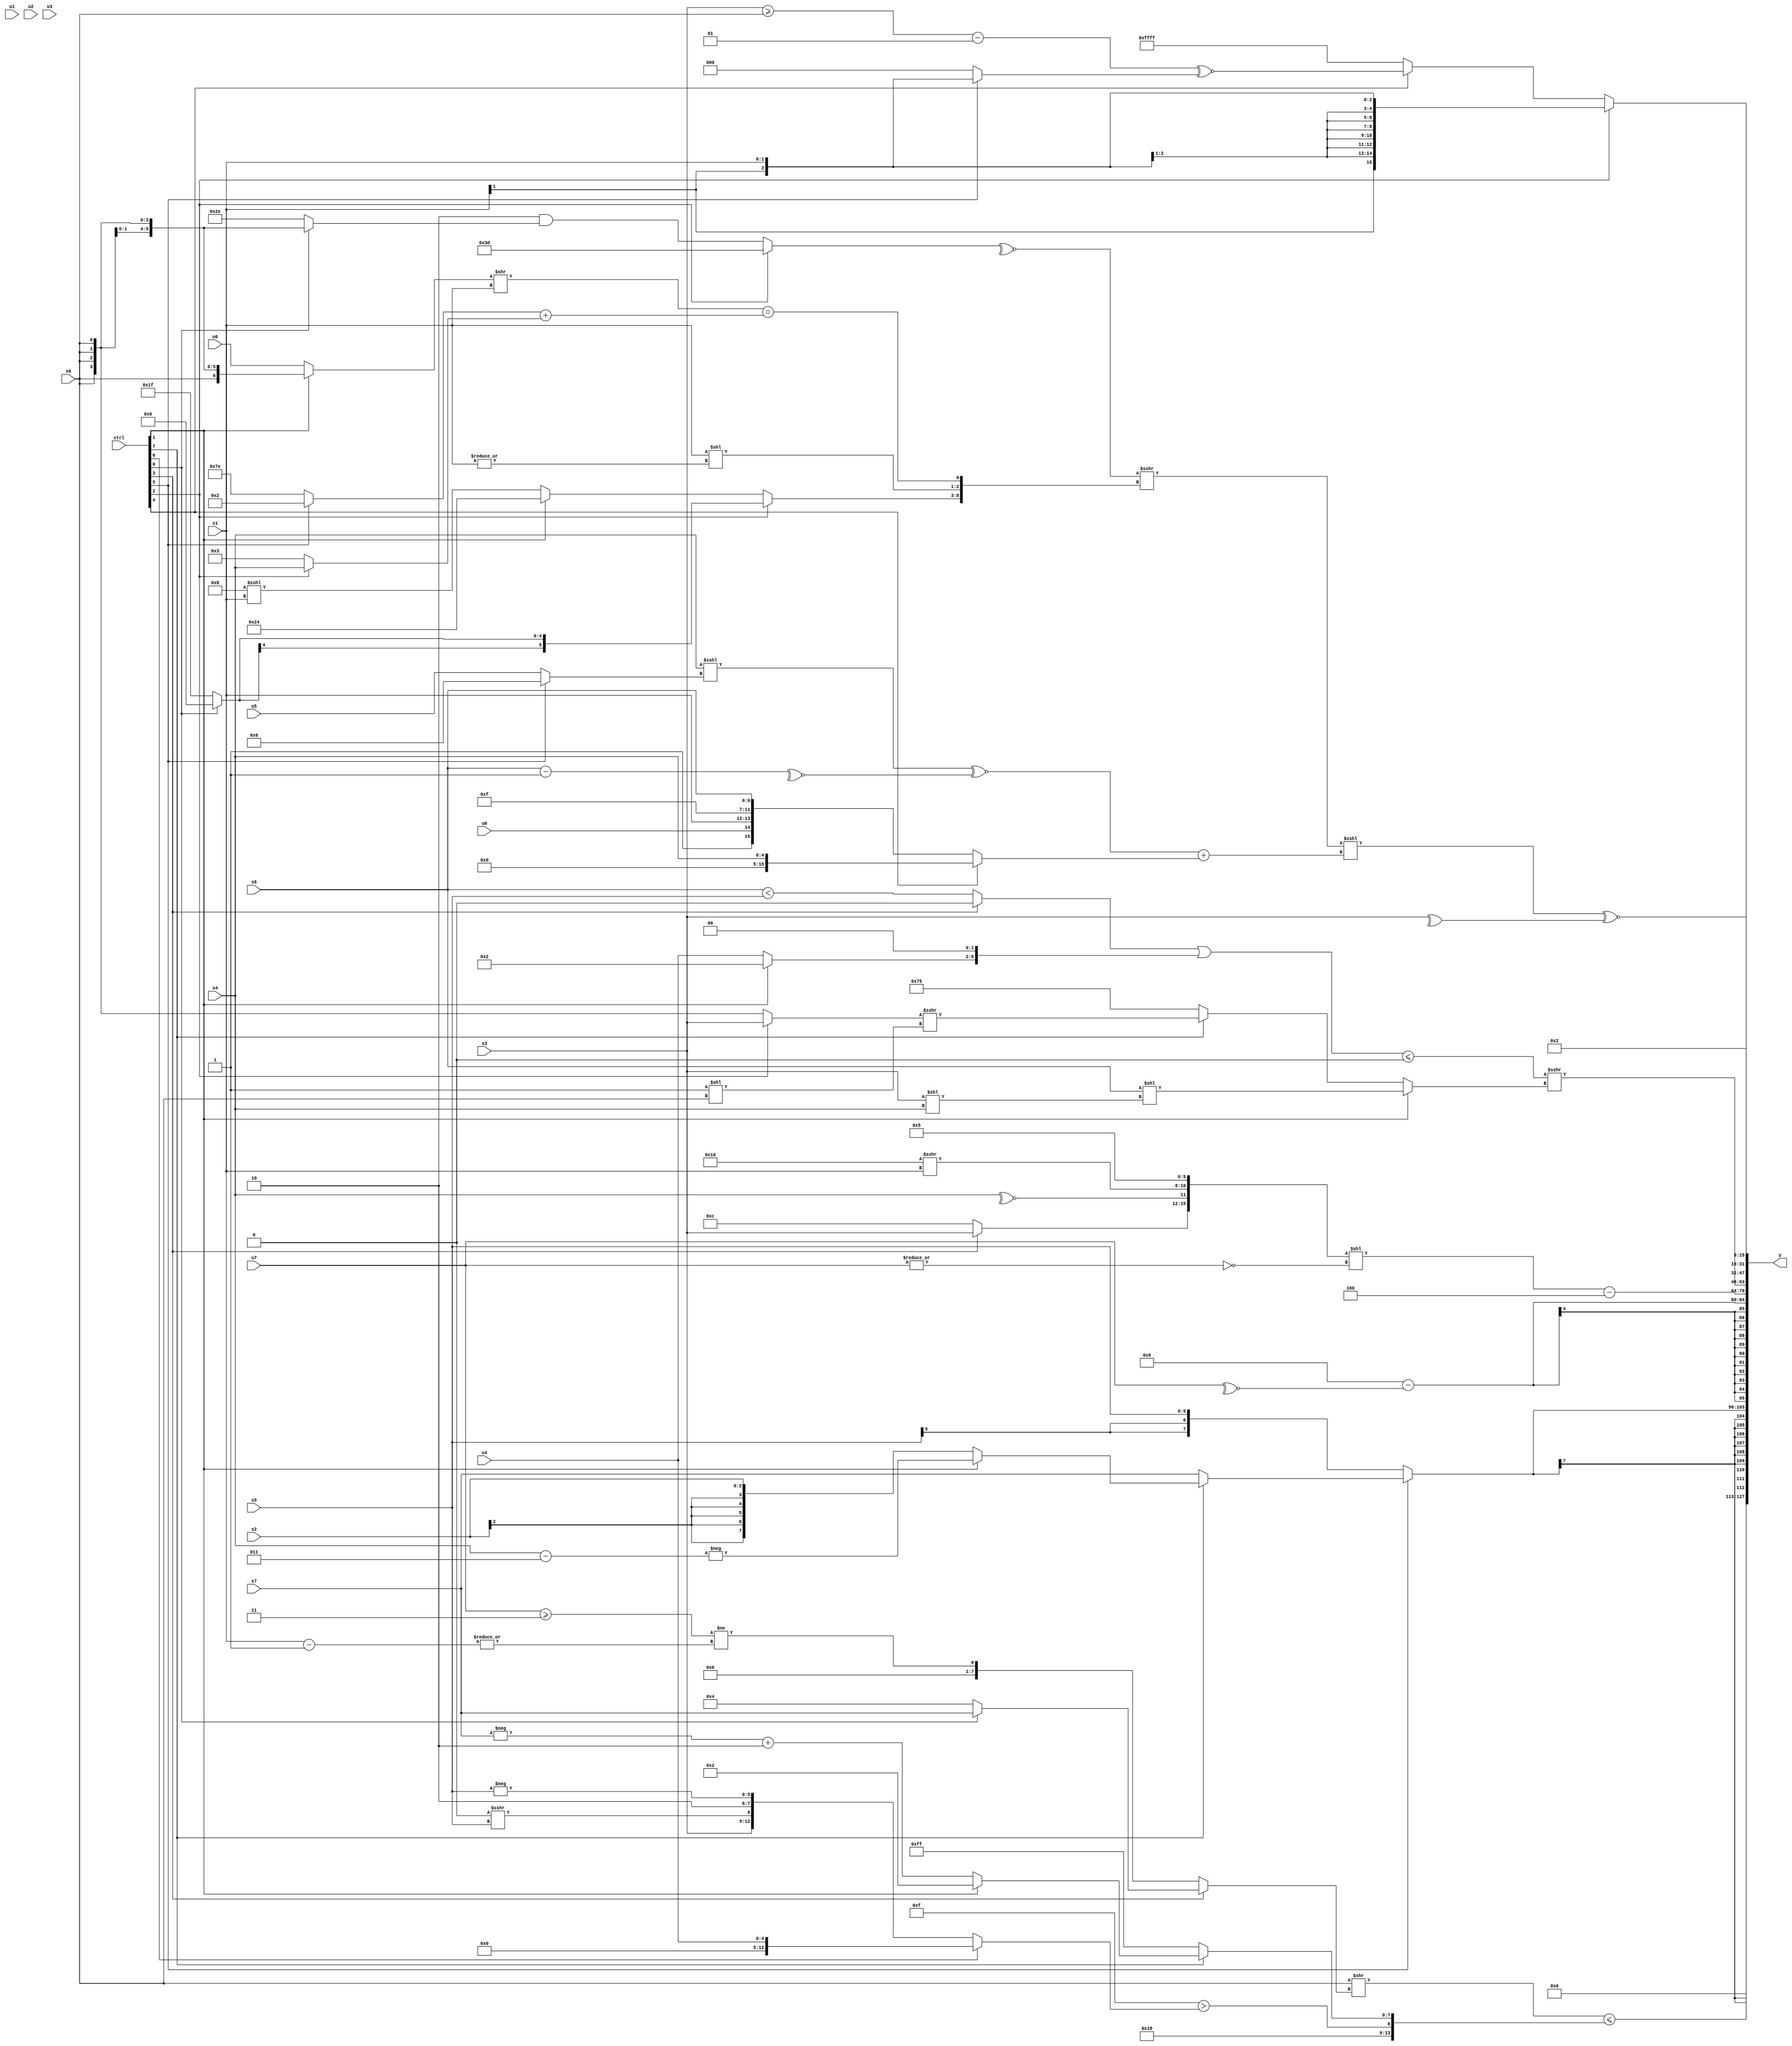
module wideexpr_00687(ctrl, u0, u1, u2, u3, u4, u5, u6, u7, s0, s1, s2, s3, s4, s5, s6, s7, y);
  input [7:0] ctrl;
  input [0:0] u0;
  input [1:0] u1;
  input [2:0] u2;
  input [3:0] u3;
  input [4:0] u4;
  input [5:0] u5;
  input [6:0] u6;
  input [7:0] u7;
  input signed [0:0] s0;
  input signed [1:0] s1;
  input signed [2:0] s2;
  input signed [3:0] s3;
  input signed [4:0] s4;
  input signed [5:0] s5;
  input signed [6:0] s6;
  input signed [7:0] s7;
  output [127:0] y;
  wire [15:0] y0;
  wire [15:0] y1;
  wire [15:0] y2;
  wire [15:0] y3;
  wire [15:0] y4;
  wire [15:0] y5;
  wire [15:0] y6;
  wire [15:0] y7;
  assign y = {y0,y1,y2,y3,y4,y5,y6,y7};
  assign y0 = ((s0)>>((ctrl[3]?$unsigned($signed((ctrl[0]?{1{s7}}:6'sb000100))):(($unsigned($signed(u7)))>=(4'sb0011))!=(-(|((s1)-(1'sb1)))))))<=({4'sb0110,2'sb00,(4'b1111)>((ctrl[6]?u4:{s3,({1'sb0})>>>(s5),$signed(2'sb10),-(s5)})),(ctrl[7]?(ctrl[1]?4'sb0010:(-(s7))+(2'sb10)):-(2'sb01))});
  assign y1 = +($signed((ctrl[5]?(ctrl[5]?(ctrl[7]?(ctrl[1]?-((s4)-(5'sb00011)):s2):s7):s2):s5)));
  assign y2 = ((~|(+((s0)>>(6'b111011))))<<<(+(3'sb011)))-(~^($signed(u7)));
  assign y3 = ($signed(({(ctrl[3]?s3:4'sb1100),~^(s4),(5'sb10000)>>>(s1),6'b000101})<<(~|($signed(u7)))))-(4'sb1100);
  assign y4 = ((((ctrl[3]?(5'b01010)>>(6'b001101):(s6)<(s5)))|({(ctrl[1]?2'b10:u4),(2'sb00)>>(1'sb0)}))<=(1'sb0))>>>((ctrl[1]?$signed((+(s6))<<((s3)<<(s4))):(ctrl[7]?((ctrl[2]?s3:s0))>>>((1'b1)<<(s0)):5'sb10101)));
  assign y5 = (ctrl[2]?s1:(ctrl[4]?(($signed((s3)>=(s0)))-(((3'sb000)>>(4'sb1110))^~(+(3'sb110))))^~(+((ctrl[5]?s1:3'sb000))):$signed(2'sb11)));
  assign y6 = ((((~^((ctrl[2]?4'sb1101:((2'sb10)|(4'sb0110))&((ctrl[0]?s0:6'sb101110)))))<<($unsigned(($unsigned({4'b0011}))<=(^(+(3'b001))))))>>>({(ctrl[2]?(ctrl[0]?5'sb00000:1'sb1):(ctrl[1]?$signed((3'sb100)&(6'sb100100)):(+(5'sb01000))<<<(s1))),(($signed(s1))<<(|((s1)<<(1'sb0))))<<<(+(((s5)<<<(3'sb110))<<(2'sb00))),(((ctrl[1]?(s0)<<<(2'sb00):$signed(u6)))>>(s1))==(((ctrl[5]?$signed(5'b00010):(2'sb00)^~(3'sb001)))+($signed((ctrl[2]?s4:3'sb011))))}))<<<((({1{$signed(($signed(s4))<<<((ctrl[5]?4'b0110:u5)))}})^~(~^((s6)-((4'sb0001)&(-(6'b000001))))))+((ctrl[4]?$signed(s4):{~&(6'sb110010),{+(+(u0)),((s1)>>>(3'b000))<<<(2'b00),5'sb01111,s6}}))))^~(^(s3));
  assign y7 = 2'b10;
endmodule